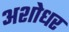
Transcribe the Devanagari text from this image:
अशोधर